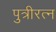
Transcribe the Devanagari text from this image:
पुत्रीरत्न